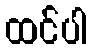
ထင်ပါ